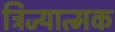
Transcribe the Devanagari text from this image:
त्रिज्यात्मक